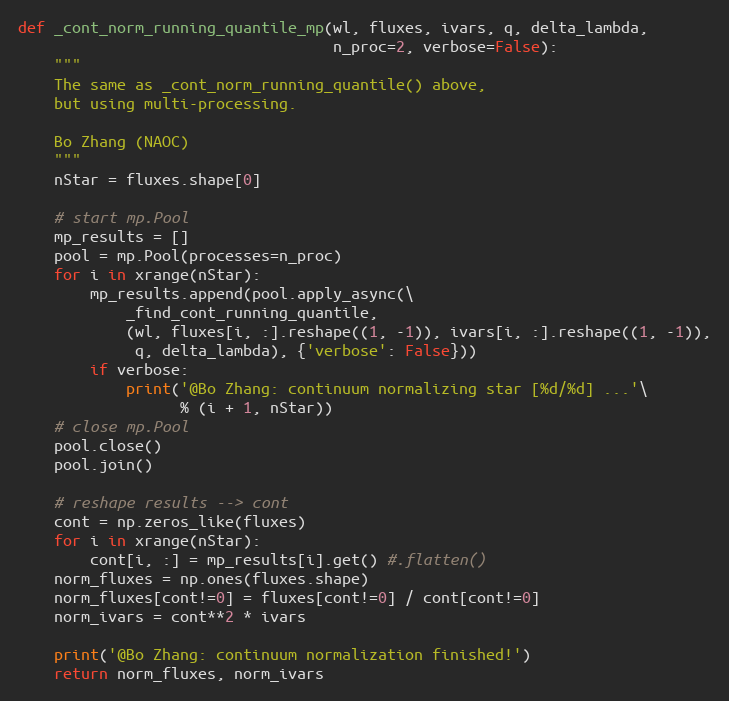
Language: Python
def _cont_norm_running_quantile_mp(wl, fluxes, ivars, q, delta_lambda,
                                   n_proc=2, verbose=False):
    """
    The same as _cont_norm_running_quantile() above,
    but using multi-processing.

    Bo Zhang (NAOC)
    """
    nStar = fluxes.shape[0]

    # start mp.Pool
    mp_results = []
    pool = mp.Pool(processes=n_proc)
    for i in xrange(nStar):
        mp_results.append(pool.apply_async(\
            _find_cont_running_quantile,
            (wl, fluxes[i, :].reshape((1, -1)), ivars[i, :].reshape((1, -1)),
             q, delta_lambda), {'verbose': False}))
        if verbose:
            print('@Bo Zhang: continuum normalizing star [%d/%d] ...'\
                  % (i + 1, nStar))
    # close mp.Pool
    pool.close()
    pool.join()

    # reshape results --> cont
    cont = np.zeros_like(fluxes)
    for i in xrange(nStar):
        cont[i, :] = mp_results[i].get() #.flatten()
    norm_fluxes = np.ones(fluxes.shape)
    norm_fluxes[cont!=0] = fluxes[cont!=0] / cont[cont!=0]
    norm_ivars = cont**2 * ivars

    print('@Bo Zhang: continuum normalization finished!')
    return norm_fluxes, norm_ivars